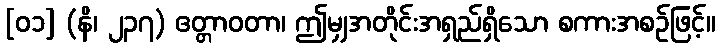
[၀၁] (နိ၊ ၂၃၇) ဧတ္တာဝတာ၊ ဤမျှအတိုင်းအရှည်ရှိသော စကားအစဉ်ဖြင့်။